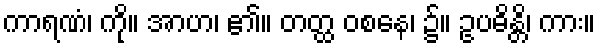
ကာရဏံ၊ ကို။ အာဟ၊ ၏။ တတ္ထ ဝစနေ၊ ၌။ ဥပဓိန္တိ၊ ကား။